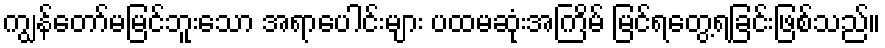
ကျွန်တော်မမြင်ဘူးသော အရာပေါင်းများ ပထမဆုံးအကြိမ် မြင်ရတွေ့ရခြင်းဖြစ်သည်။